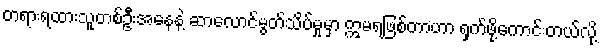
တရားရထားသူတစ်ဦးအနေနဲ့ ဆာလောင်မွတ်သိပ်မှုမှာ ဣမရဖြစ်တာဟာ ရှက်ဖို့ကောင်းတယ်လို့